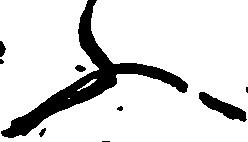
ふ